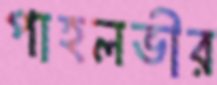
পাহলভীর